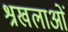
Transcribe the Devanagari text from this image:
श्रखलाओं